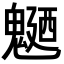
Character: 𩳹